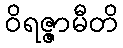
ဝိရဇ္ဇာမီတိ